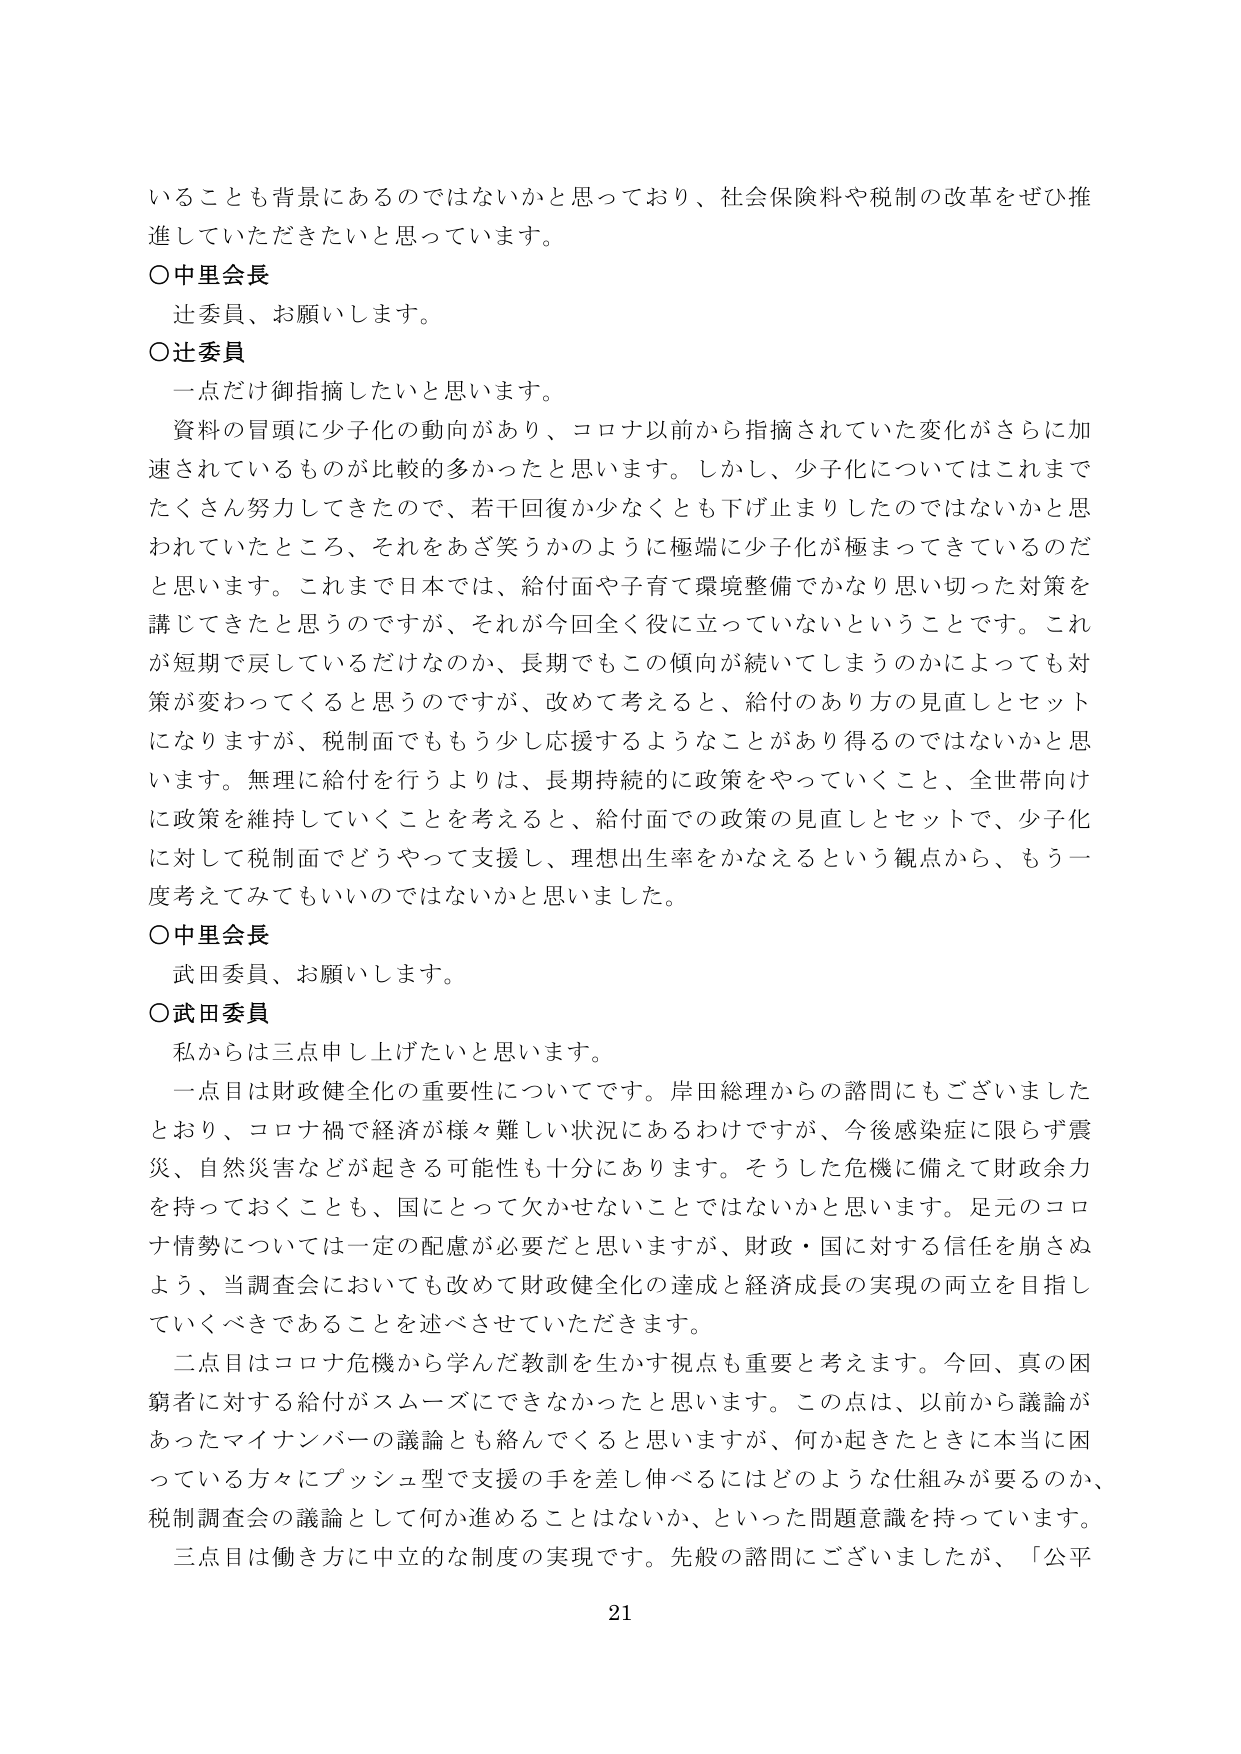
いることも背景にあるのではないかと思っており、社会保険料や税制の改革をぜひ推進していただきたいと思っています。

○中里会長
辻委員、お願いします。

○辻委員
一点だけ御指摘したいと思います。
資料の冒頭に少子化の動向があり、コロナ以前から指摘されていた変化がさらに加速されているものが比較的多かったと思います。しかし、少子化についてはこれまでたくさん努力してきたので、若干回復か少なくとも下げ止まりしたのではないかと思われていたところ、それをあざ笑うかのように極端に少子化が極まってきているのだと思います。これまで日本では、給付面や子育て環境整備でかなり思い切った対策を講じてきたと思うのですが、それが今回全く役に立っていないということです。これが短期で戻しているだけなのか、長期でもこの傾向が続いてしまうのかによっても対策が変わってくると思うのですが、改めて考えると、給付のあり方の見直しとセットになりますが、税制面でももう少し応援するようなことがあり得るのではないかと思います。無理に給付を行うよりは、長期持続的に政策をやっていくこと、全世帯向けに政策を維持していくことを考えると、給付面での政策の見直しとセットで、少子化に対して税制面でどうやって支援し、理想出生率をかなえるという観点から、もう一度考えてみてもいいのではないかと思いました。

○中里会長
武田委員、お願いします。

○武田委員
私からは三点申し上げたいと思います。
一点目は財政健全化の重要性についてです。岸田総理からの諮問にもございましたとおり、コロナ禍で経済が様々難しい状況にあるわけですが、今後感染症に限らず震災、自然災害などが起きる可能性も十分にあります。そうした危機に備えて財政余力を持っておくことも、国にとって欠かせないことではないかと思います。足元のコロナ情勢については一定の配慮が必要だと思いますが、財政・国に対する信任を崩さぬよう、当調査会においても改めて財政健全化の達成と経済成長の実現の両立を目指していくべきであることを述べさせていただきます。
二点目はコロナ危機から学んだ教訓を生かす視点も重要と考えます。今回、真の困窮者に対する給付がスムーズにできなかったと思います。この点は、以前から議論があったマイナンバーの議論とも絡んでくると思いますが、何か起きたときに本当に困っている方々にプッシュ型で支援の手を差し伸べるにはどのような仕組みが要るのか、税制調査会の議論として何か進めることはないか、といった問題意識を持っています。
三点目は働き方に中立的な制度の実現です。先般の諮問にございましたが、「公平

21